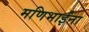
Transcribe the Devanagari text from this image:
मणिभाईंना